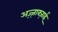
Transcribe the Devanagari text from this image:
अज़्ज़ाक्ज़ाई